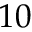
1 0